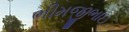
ભીમજીભાઇ